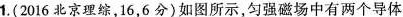
1.(2016北京理综，16，6分)如图所示，匀强磁场中有两个导体